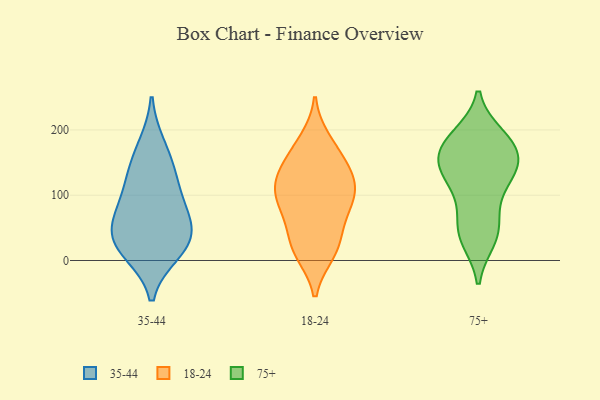
{"axis": {"x": "Budget (USD K)", "y": "Value"}, "legend": ["18-24", "35-44", "75+"], "data": [{"x": "", "y": 34, "type": "35-44"}, {"x": "", "y": 140, "type": "35-44"}, {"x": "", "y": 56, "type": "35-44"}, {"x": "", "y": 90, "type": "35-44"}, {"x": "", "y": 124, "type": "35-44"}, {"x": "", "y": 17, "type": "35-44"}, {"x": "", "y": 176, "type": "35-44"}, {"x": "", "y": 75, "type": "35-44"}, {"x": "", "y": 13, "type": "35-44"}, {"x": "", "y": 38, "type": "35-44"}, {"x": "", "y": 16, "type": "18-24"}, {"x": "", "y": 39, "type": "18-24"}, {"x": "", "y": 76, "type": "18-24"}, {"x": "", "y": 128, "type": "18-24"}, {"x": "", "y": 154, "type": "18-24"}, {"x": "", "y": 11, "type": "18-24"}, {"x": "", "y": 86, "type": "18-24"}, {"x": "", "y": 99, "type": "18-24"}, {"x": "", "y": 175, "type": "18-24"}, {"x": "", "y": 114, "type": "18-24"}, {"x": "", "y": 14, "type": "18-24"}, {"x": "", "y": 132, "type": "18-24"}, {"x": "", "y": 54, "type": "18-24"}, {"x": "", "y": 184, "type": "18-24"}, {"x": "", "y": 141, "type": "18-24"}, {"x": "", "y": 94, "type": "18-24"}, {"x": "", "y": 108, "type": "18-24"}, {"x": "", "y": 190, "type": "75+"}, {"x": "", "y": 139, "type": "75+"}, {"x": "", "y": 39, "type": "75+"}, {"x": "", "y": 65, "type": "75+"}, {"x": "", "y": 184, "type": "75+"}, {"x": "", "y": 33, "type": "75+"}, {"x": "", "y": 125, "type": "75+"}, {"x": "", "y": 183, "type": "75+"}, {"x": "", "y": 176, "type": "75+"}, {"x": "", "y": 137, "type": "75+"}, {"x": "", "y": 142, "type": "75+"}, {"x": "", "y": 97, "type": "75+"}, {"x": "", "y": 146, "type": "75+"}, {"x": "", "y": 165, "type": "75+"}, {"x": "", "y": 42, "type": "75+"}]}